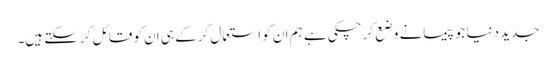
جدید دنیا جو پیمانے وضع کرچکی ہے ہم ان کو استعمال کرکے ہی ان کو قائل کرسکتے ہیں۔